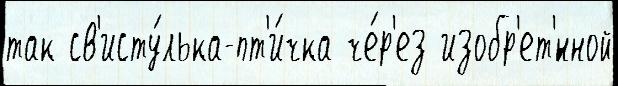
так св'исту́лька-пт'и́чка че́р'ез изобр'ет'́нной